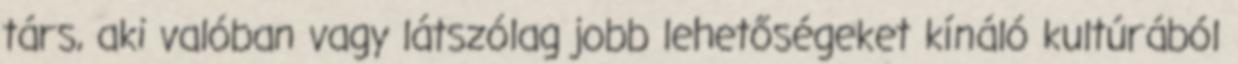
társ, aki valóban vagy látszólag jobb lehetőségeket kínáló kultúrából